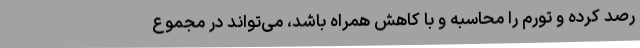
رصد کرده و تورم را محاسبه و با کاهش همراه باشد، می‌تواند در مجموع